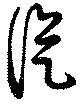
從